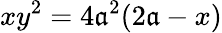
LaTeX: xy^{2}=4\mathfrak{a}^{2}(2\mathfrak{a}-x)